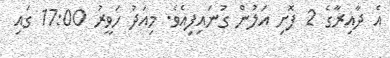
އެ ދާއިރާގެ 2 ފޮށި އަލުން ގުނައިފިއެވެ. މިއަދު ހަވީރު 17:00 ގައި